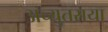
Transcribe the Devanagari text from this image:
अच्युतराया